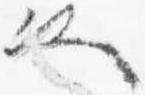
也